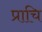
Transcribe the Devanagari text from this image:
प्राचि